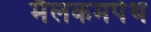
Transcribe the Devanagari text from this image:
मैलकमपेथ